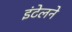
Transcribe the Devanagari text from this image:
इंटेलने